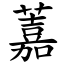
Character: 䕒